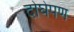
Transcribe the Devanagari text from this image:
दोघेपण